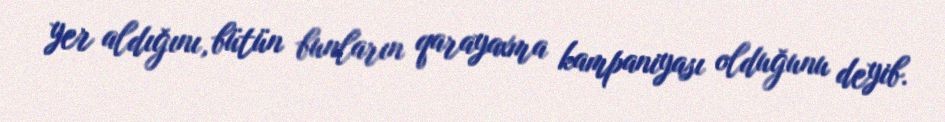
yer aldığını, bütün bunların qarayaxma kampaniyası olduğunu deyib.